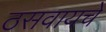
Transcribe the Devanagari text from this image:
ठसवायचे